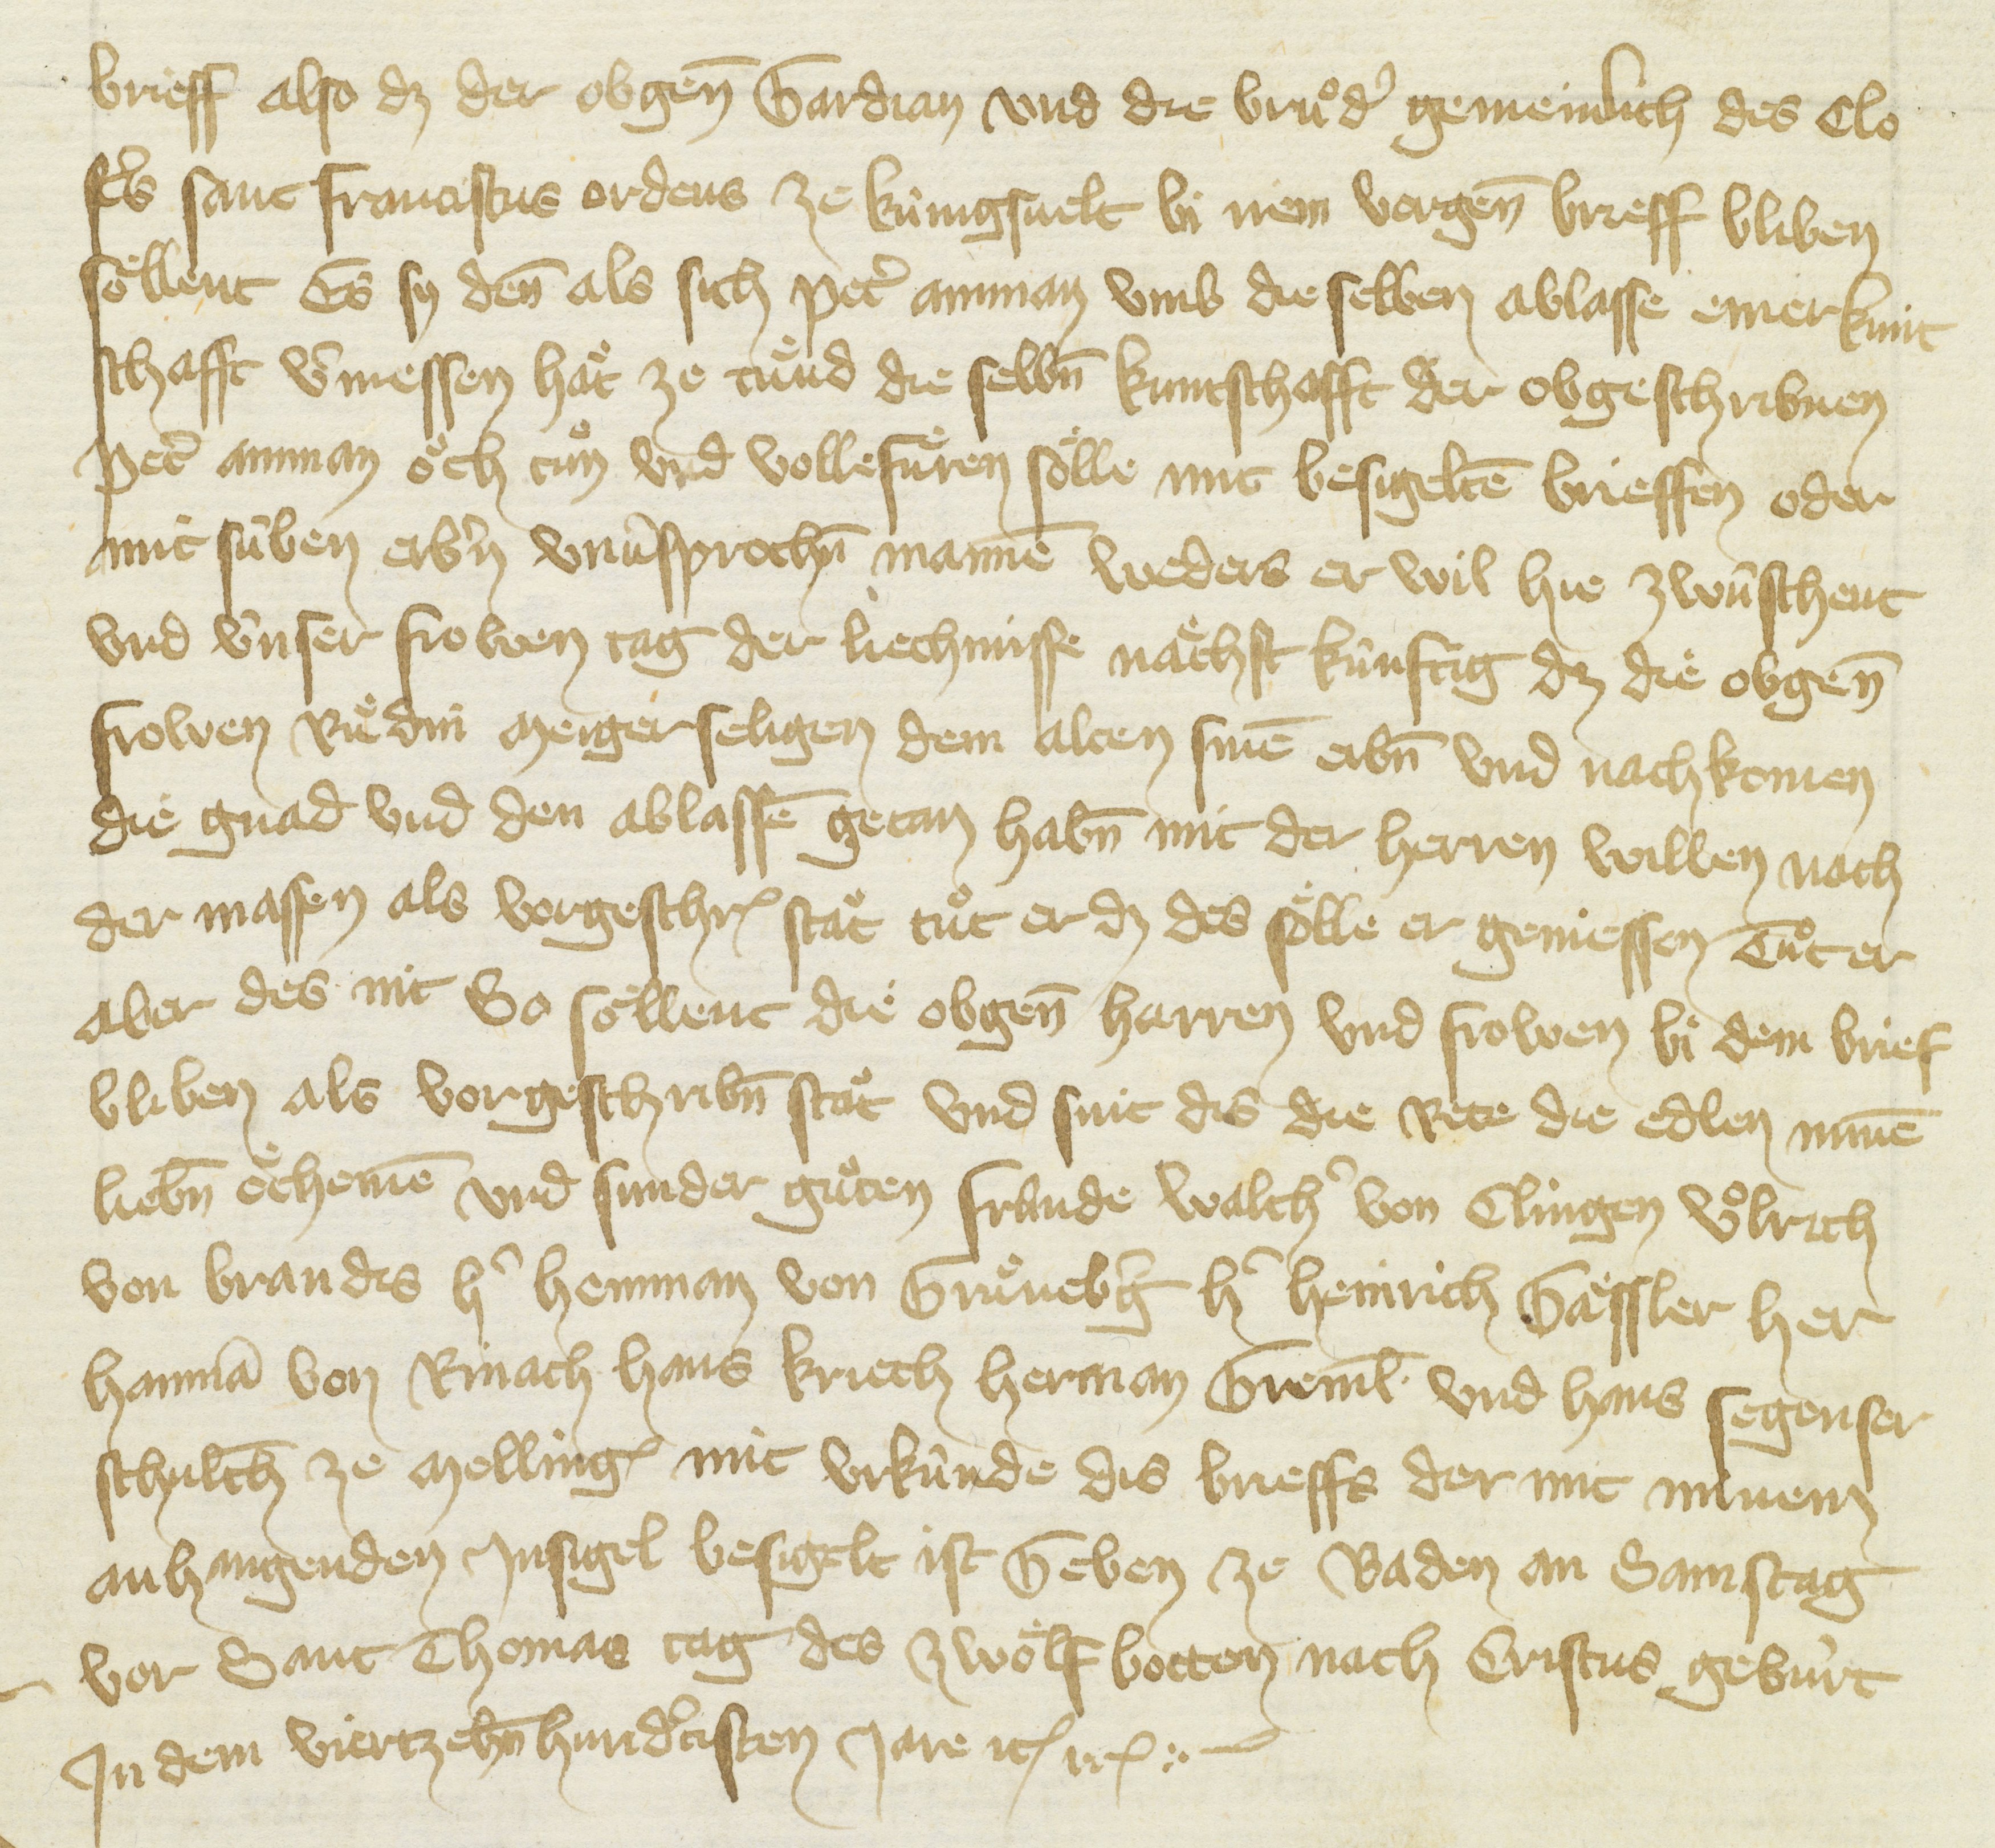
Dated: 1416–1418